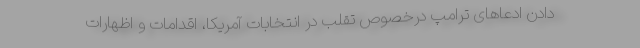
دادن ادعاهای ترامپ درخصوص تقلب در انتخابات آمریکا، اقدامات و اظهارات